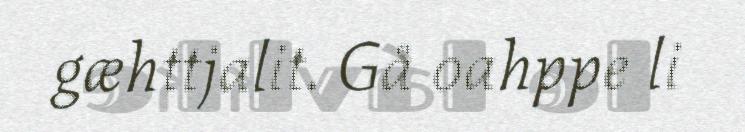
gæhttjalit. Gå oahppe li